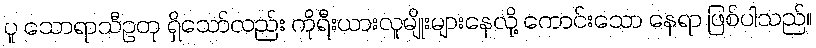
ပူ သောရာသီဥတု ရှိသော်လည်း ကိုရီးယားလူမျိုးများနေလို့ ကောင်းသော နေရာ ဖြစ်ပါသည်။